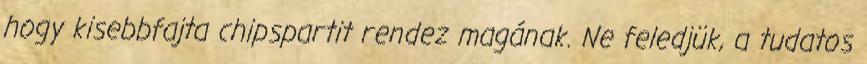
hogy kisebbfajta chipspartit rendez magának. Ne feledjük, a tudatos